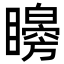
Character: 矈